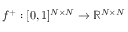
f ^ { + } : [ 0 , 1 ] ^ { N \times N } \rightarrow \mathbb { R } ^ { N \times N }